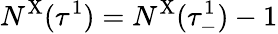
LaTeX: N^{\mathrm{X}}(\tau^{1})=N^{\mathrm{X}}(\tau_{-}^{1})-1